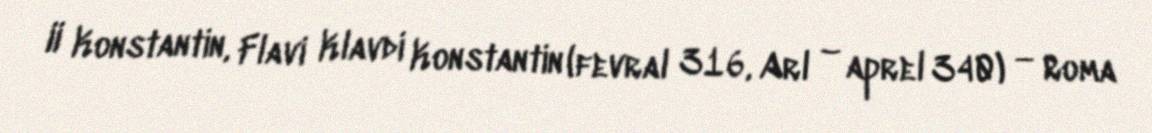
II Konstantin, Flavi Klavdi Konstantin (fevral 316, Arl – aprel 340) — Roma